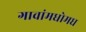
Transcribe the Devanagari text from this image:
गावांमधोमध